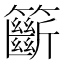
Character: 籪